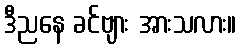
ဒီညနေ ခင်ဗျား အားသလား။